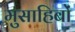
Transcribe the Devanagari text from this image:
मुसाहिबों